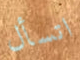
اتسأل